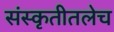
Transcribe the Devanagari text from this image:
संस्कृतीतलेच